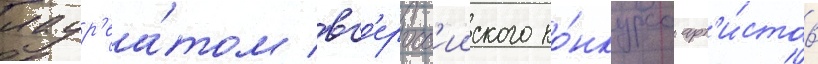
лаур'еа́том вс'еросс'ииского ко́нкурса арт'и́стов